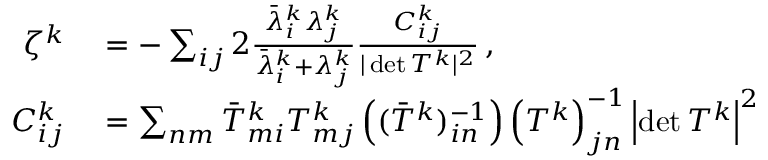
\begin{array} { r l } { \zeta ^ { k } } & { { } = - \sum _ { i j } 2 \frac { \bar { \lambda } _ { i } ^ { k } \lambda _ { j } ^ { k } } { \bar { \lambda } _ { i } ^ { k } + \lambda _ { j } ^ { k } } \frac { C _ { i j } ^ { k } } { \vert \operatorname* { d e t } T ^ { k } \vert ^ { 2 } } \, , } \\ { C _ { i j } ^ { k } } & { { } = \sum _ { n m } \bar { T } _ { m i } ^ { k } T _ { m j } ^ { k } \left( ( \bar { T } ^ { k } ) _ { i n } ^ { - 1 } \right) \left( T ^ { k } \right) _ { j n } ^ { - 1 } \left\vert \operatorname* { d e t } T ^ { k } \right\vert ^ { 2 } } \end{array}